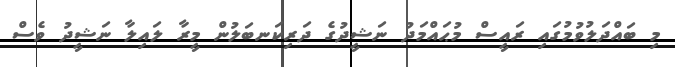
މި ބައްދަލުވުމުގައި ރައީސް މުޙައްމަދު ނަޝީދުގެ ދަރިކަނބަލުން މީރާ ލައިލާ ނަޝީދު ވެސް